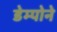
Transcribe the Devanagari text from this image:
डेम्पोने